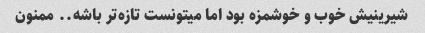
شیرینیش خوب و خوشمزه بود اما میتونست تازه‌تر باشه.. ممنون